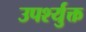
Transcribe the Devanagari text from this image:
उपर्श्युक्त